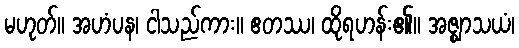
မဟုတ်။ အဟံပန၊ ငါသည်ကား။ ဧတဿ၊ ထိုရဟန်း၏။ အဇ္ဈာသယံ၊